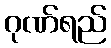
ဂုဏ်ရည်